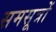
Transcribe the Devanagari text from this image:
समसूत्रों